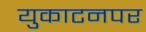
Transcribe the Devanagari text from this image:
युकाटनपर